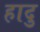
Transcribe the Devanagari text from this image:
हादु